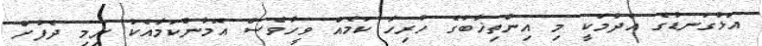
އަޅުގަނޑުގެ އެދުމަކީ މި އިންތިޚާބުގެ ހުރިހާ ކަމެއް ވީހާވެސް އޮމާންކަމާއެކު ނިމި ދެފުށް